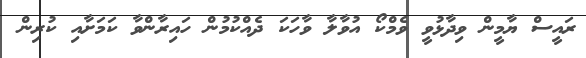
ރައީސް ޔާމީން ވިދާޅުވީ ވެމްކޯ އުވާލާ ވާހަކަ ދެއްކުމުން ހައިރާންވާ ކަމަށާއި ކުރިން